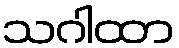
သဂါထာ